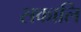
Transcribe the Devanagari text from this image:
सकालि